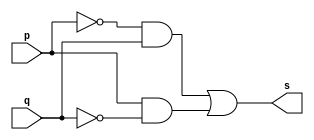
// ---------------------
// Guia 01 - Extra 05 
// Marco Antonio Maciel Belo
// ---------------------

// ---------------------
// -- XOR ~ 2
// ---------------------

module xorgate(s, p, q);
	output s;
	input p, q;
	
	assign s = ( (~p&q | p&~q) );
	
endmodule

// ---------------------
// Test xorgate
// ---------------------

module testxorgate;
	reg a,b;
	wire s;
				// instancia
	xorgate XOR1 (s, a,b);
			   // parte principal
	initial begin
		$display("Guia 01 - Extra 05\nMarco Antonio Maciel Belo - 410796");
      $display("Xor gate");
      $display("\n(~a&b | a&~b) = s\n");
		a=0; b=0;
		#1  $display("~( %b  ^   %b)  = %b", a, b, s);
		a=0; b=1;
		#1  $display("~( %b  ^   %b)  = %b", a, b, s);
		a=1; b=0;
		#1  $display("~( %b  ^   %b)  = %b", a, b, s);
		a=1; b=1;
		#1  $display("~( %b  ^   %b)  = %b", a, b, s);	
	end
endmodule